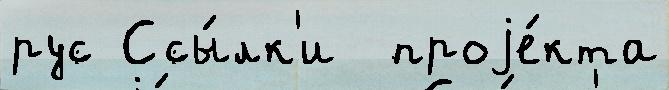
рус Ссы́лк'и  проjе́кта